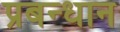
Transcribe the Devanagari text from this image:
प्रबन्धान